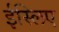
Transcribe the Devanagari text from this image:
ईस्लिए